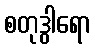
စတုဒွါရော